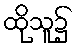
ထိုသူ၌